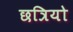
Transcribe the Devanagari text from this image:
छत्रियो